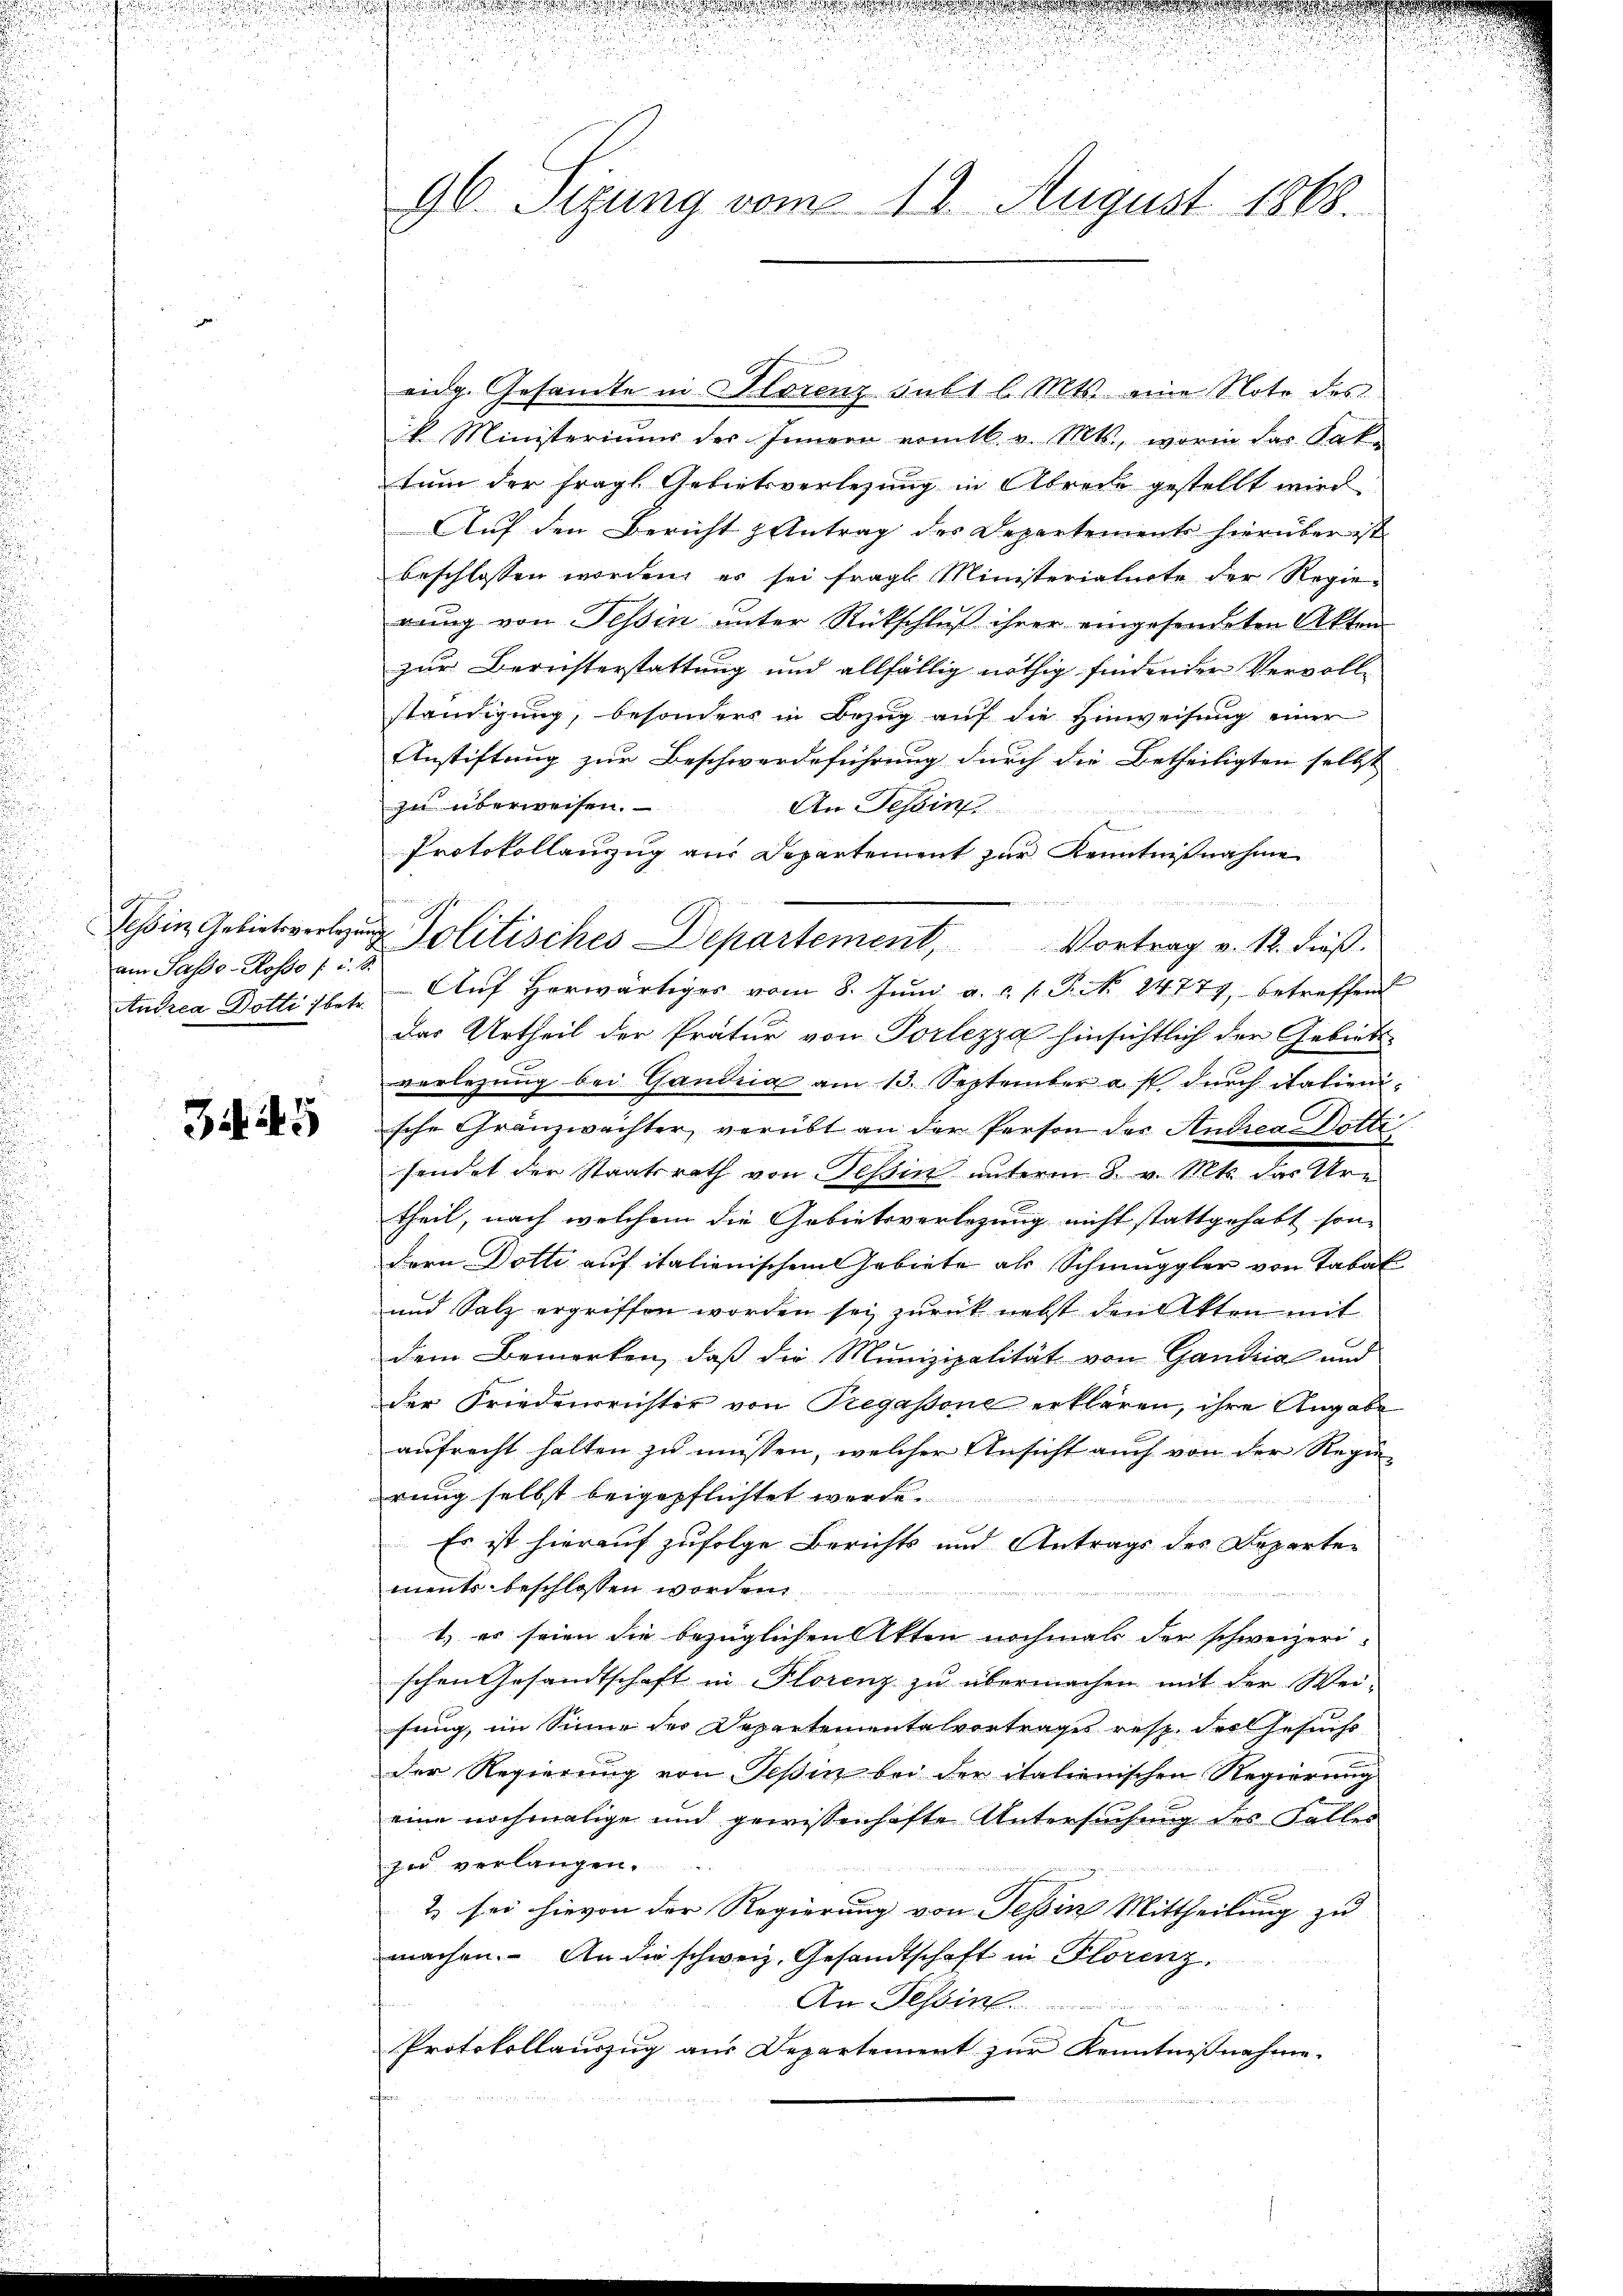
am Sasso - Rosso /: u. S.

90. Sizung vom 12. August 1868.

eidg. Gesandte in Florenz sub 1 l. Mts. eine Note des
k Ministeriums des Innern romtl. v. Mts., worin das Kak-
tum der fragl. Gebietsverlegung in Abreite gestellt wird.
Auf den Bericht & Antrag des Departements hierüber ist
beschlossen worden, es sei fragl. Ministerialnote der Regierung von Tessin unter Rückschluß ihrer eingesendeten Akten
zur Berichterstattung und allfällig nöthig findender Vervollständigung, besonders in Bezŭg aŭf die Hinweisŭng einer
Anstiftung zur Beschwerdeführung durch die Betheiligten selbst
zu überweisen.
An Tessin
Protokollanzug aus Departement zur Kenntnißnahme
Tessin Gebieter Politisches Departement, Vortrag v. 12. dieß.
tudica Dotti bete Aŭf herwärtiges vom 8. Jŭni a.c. s. P. Nr. 24777, betreffend
Das Urtheil der Pratur von Porlezza hinsichtlich der Gebiets
vorlegung bei Gandna am 13. September ast durch italienische Gränzwächter, verübt an der Person der Andrea Dotte
sendet der Staatsrath von Tessin unterm 8. v. Mts. das Ure
theil, nach welchem die Gebietsverlegung nicht stattgehabt, son-
dern Dotte auf italienischem Gebiete als Schmuggler von Tabak
und Salz ergriffen worden sei zurück nebst den Akten mit
dem Bemerken, daß die Munizipalität von Gandria und
der Friedensrester von Tregassone erklären, ihre Angabe
aufrecht halten zu müssen, welcher Ansicht auch von der Regie-
rung selbst beigepflichtet werde.
s
Es ist hierauf zufolge Berichts und Antrags des Departements beschlossen worden.
m
1) es seien die bezüglichen Akten nochmals der schweizeri-
schen Gesandtschaft in Florenz zu übermachen mit der Wei-
fung, im Sinne der Departementalvortrages resp. der Gesuchs
der Regierung von Teßin bei der italienischen Regierung
eine nochmalige und gewissenhafte Untersuchung des Falles
zu verlangen.
2 sei hievon der Regierung von Tessin Mittheilung zu
machen. An die schweiz. Gesandtschaft in Florenz.
An Tessin.
2 bis 1
Protokollauszug aus Departement zur Kenntnißnahme.

faren